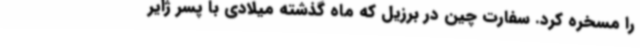
را مسخره کرد. سفارت چین در برزیل که ماه گذشته میلادی با پسر ژایر